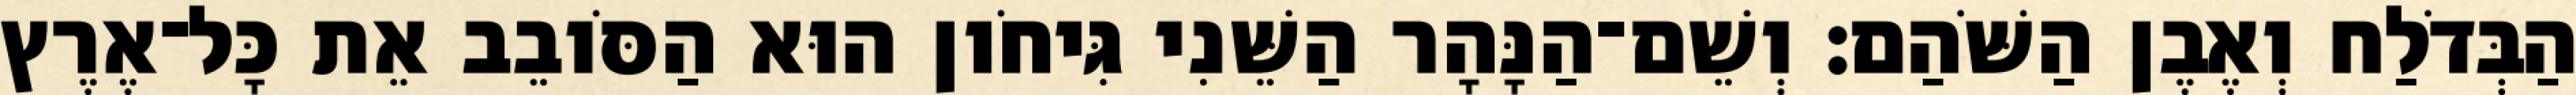
הַבְּדֹלַח וְאֶבֶן הַשֹּׁהַם׃ וְשֵׁם־הַנָּהָר הַשֵּׁנִי גִּיחֹון הוּא הַסֹּובֵב אֵת כָּל־אֶרֶץ